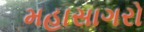
મહાસાગરો